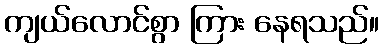
ကျယ်လောင်စွာ ကြား နေရသည်။